kultuurilooline_kollektsioon, lk 9
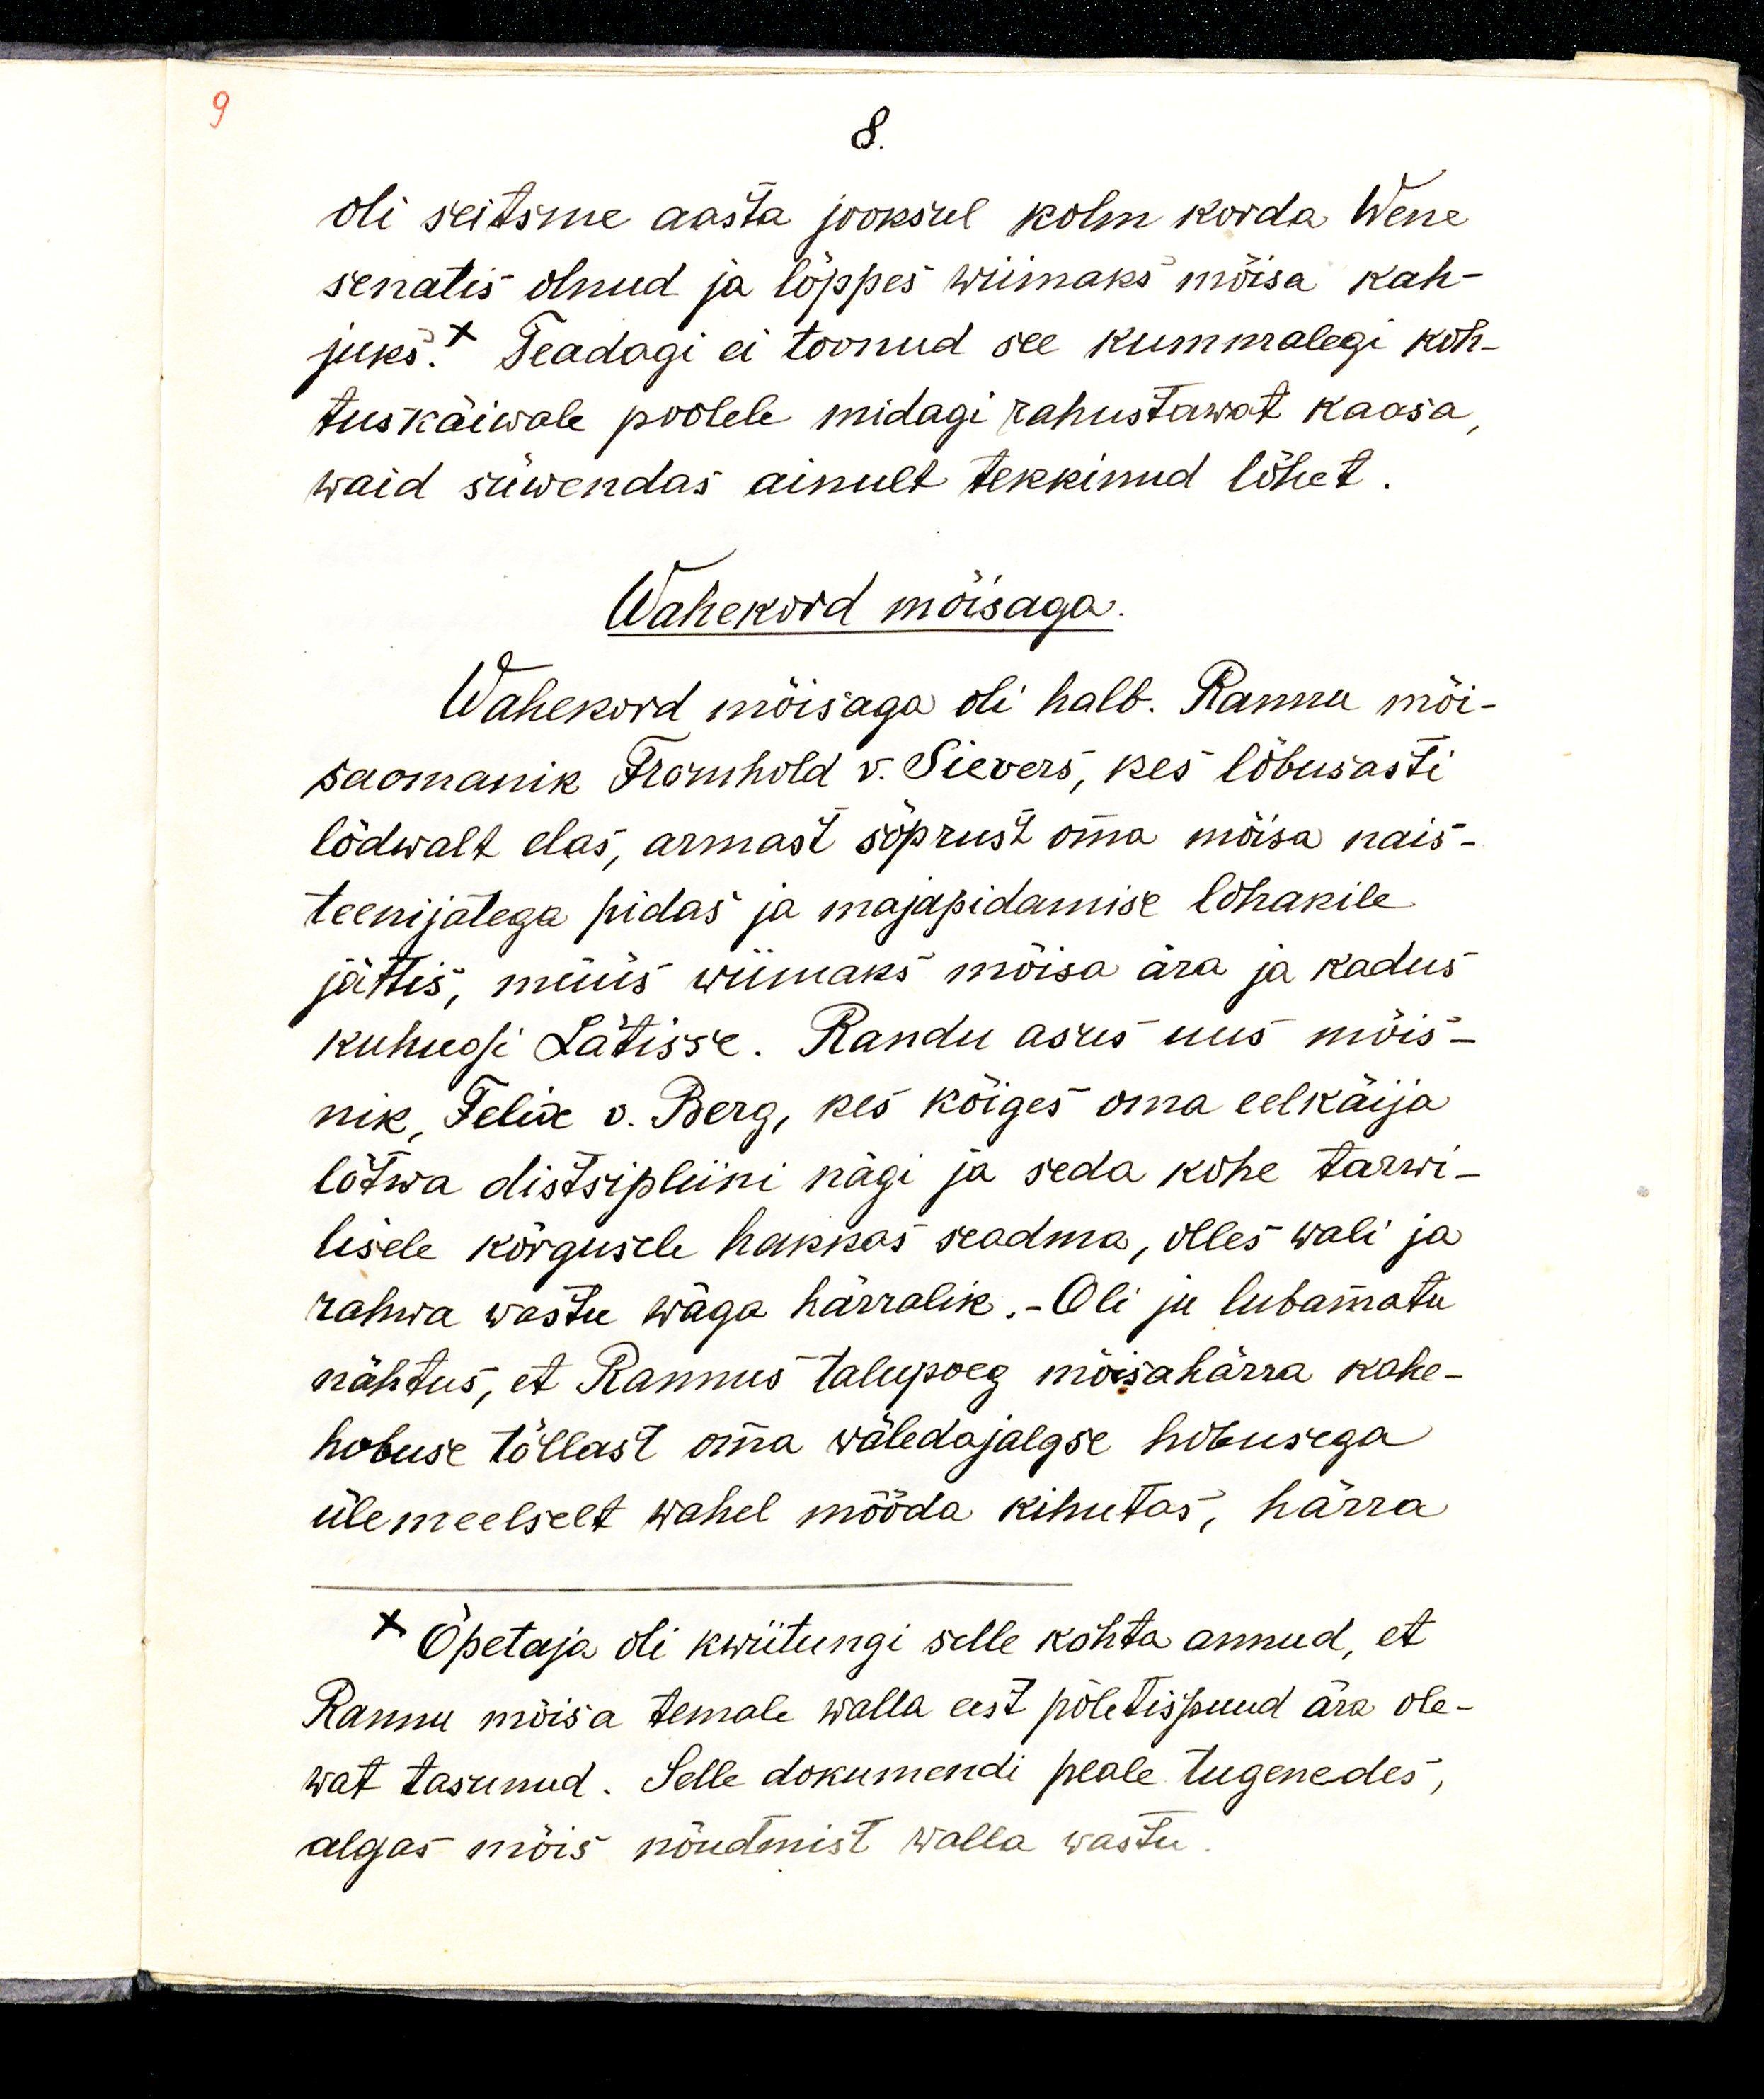
8.
oli seitsme aasta jooksul kolm korda. Wene
senatis olnud ja lõppes wiimaks mõisa kah-
juks. Teadagi ei toonud see kummalegi koh-
tuskäiwale poolele midagi rahustawat kaasa, 
waid süwendas ainult tekkinud lõhet.
Wahekord mõisaga.
Wahekord mõisaga oli halb. Rannu mõi-
saomanik Fromhold v. Sievers, kes lõbusasti
lõdwalt elas, armast sõprust oma mõisa nais-
teenijatega pidas ja majapidamise lohakile
jättis, müüs wiimaks mõisa ära ja kadus
kuhugi Lätisse. Randu asus uus mõis-
nik, Felix v. Berg, kes kõiges oma eelkäija
lõtwa distsipliini nägi ja seda kohe tarwi-
lisele kõrgusele hakkas seadma, olles wali ja
rahwa vastu wäga härralik.- Oli ju lubamatu
nähtus, et Rannus talupoeg mõisahärra kahe
hobuse tõllast oma wäledajalgse hobusega
ülemeelselt wahel mööda kuhutas, härra
x Õpetaja oli kwiitungi selle kohta annud, et
Rannu mõisa temale walla eest põletispuud ära ole-
wat tasunud. Selle dokumendi peale tugenedes,
algas mõis nõudmist walla vastu.